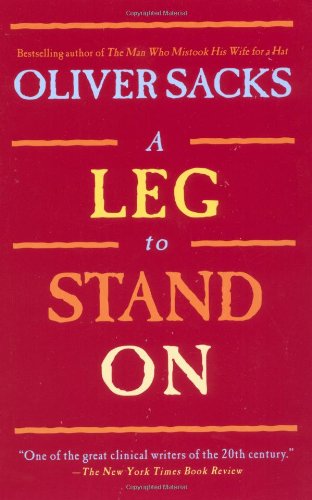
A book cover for A Leg to Stand On; Oliver Sacks; Medical Books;